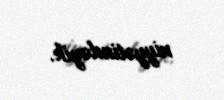
niyyətindəyik.